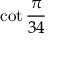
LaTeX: \cot { \frac { \pi } { 3 4 } }